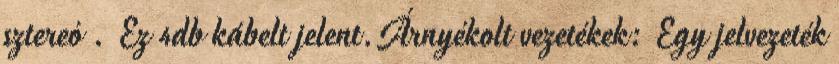
sztereó . Ez 4db kábelt jelent.Árnyékolt vezetékek: Egy jelvezeték